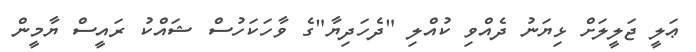
ޢަލީ ޖަލީލަށް ޅިޔަނު ދެއްވި ކުއްލި "ދެހަދިޔާ"ގެ ވާހަކަހުސް ޝައްކު ރައީސް ޔާމީން